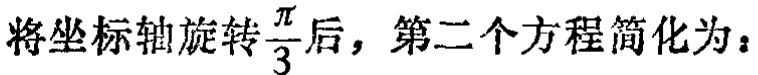
将坐标轴旋转$\frac{\pi}{3}$后，第二个方程简化为：